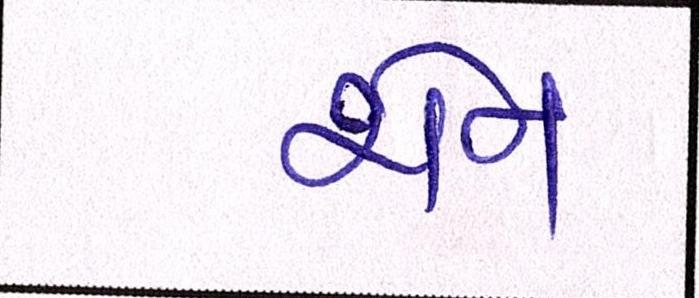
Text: શેન